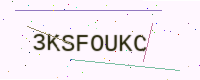
Text: 3KSFOUKC